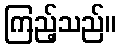
ကြည့်သည်။